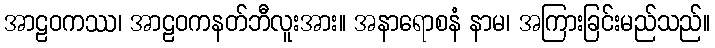
အာဠဝကဿ၊ အာဠဝကနတ်ဘီလူးအား။ အနာရောစနံ နာမ၊ အကြားခြင်းမည်သည်။